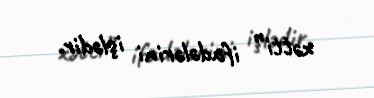
xətti” ifadələrini işlədir.